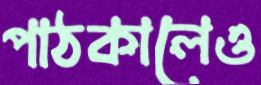
পাঠকালেও